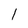
Character: l